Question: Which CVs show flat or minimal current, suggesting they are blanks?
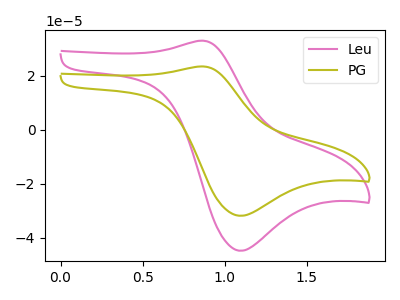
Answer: <think>The pink curve "Leu" has an anodic peak at (0.85V, 32.95uA) and a cathodic peak at (1.10V, -44.75uA). The olive curve "PG" has an anodic peak at (0.85V, 23.40uA) and a cathodic peak at (1.10V, -31.80uA).</think>
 <answer>There are not any CV's on this graph that are likely to be blanks.</answer>
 <eval>none</eval>